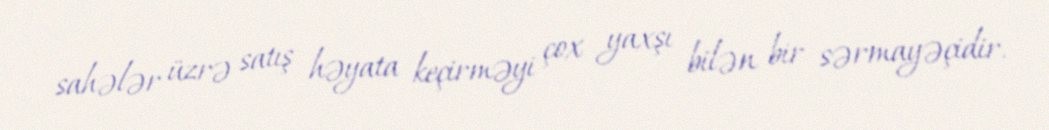
sahələr üzrə satış həyata keçirməyi çox yaxşı bilən bir sərmayəçidir.